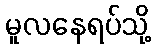
မူလနေရပ်သို့